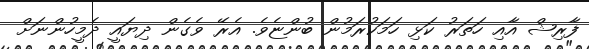
ފާރިޝް އާއި ހަތަރު ކަޅި ހަމަކުރަމުން ބުންޏެވެ. އެރޭ ވެގެން ދިޔައީ ދެމީހުންނަށް